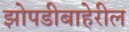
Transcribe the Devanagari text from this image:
झोपडीबाहेरील